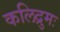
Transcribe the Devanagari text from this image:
कलिद्रुमः